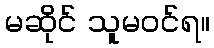
မဆိုင် သူမဝင်ရ။